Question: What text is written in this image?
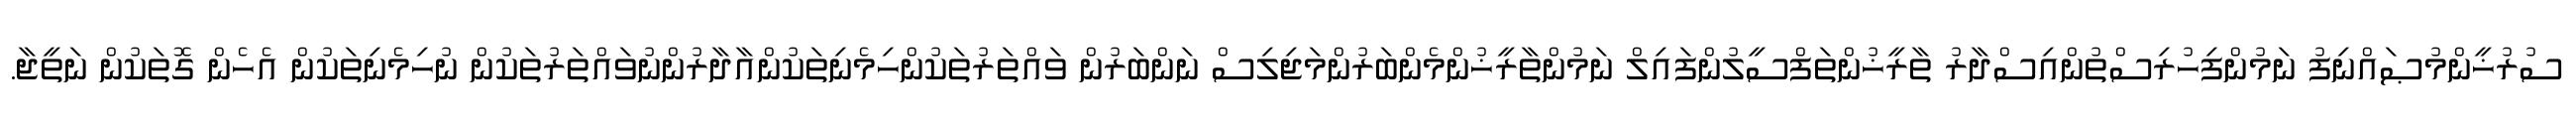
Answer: ސުރުޚީންމުޞައްނިފު ނަމުންފިހުރިސްތުންއިސްދާރު ތާރީޚުންތަފްސީލުންފައިލް ނަމުންތާރީޚުންމެންބަރުންމަޖިލިސް ނަންބަރުން ވައްތަރުތަކުންހިމެނިތަކުންއާދާރުންނުވައްތަރުތަކުން ނުހިމެނިތަކުން އެހެން ގޮތަކުން ނަތީޖާ.